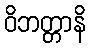
ဝိဘတ္တာနိ